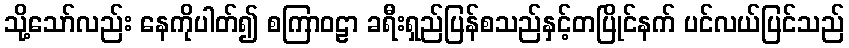
သို့သော်လည်း နေကိုပါတ်၍ စကြာဝဠာ ခရီးရှည်ပြန်စသည်နှင့်တပြိုင်နက် ပင်လယ်ပြင်သည်